Jaan_Tonisson_(Lasteleht), lk 114
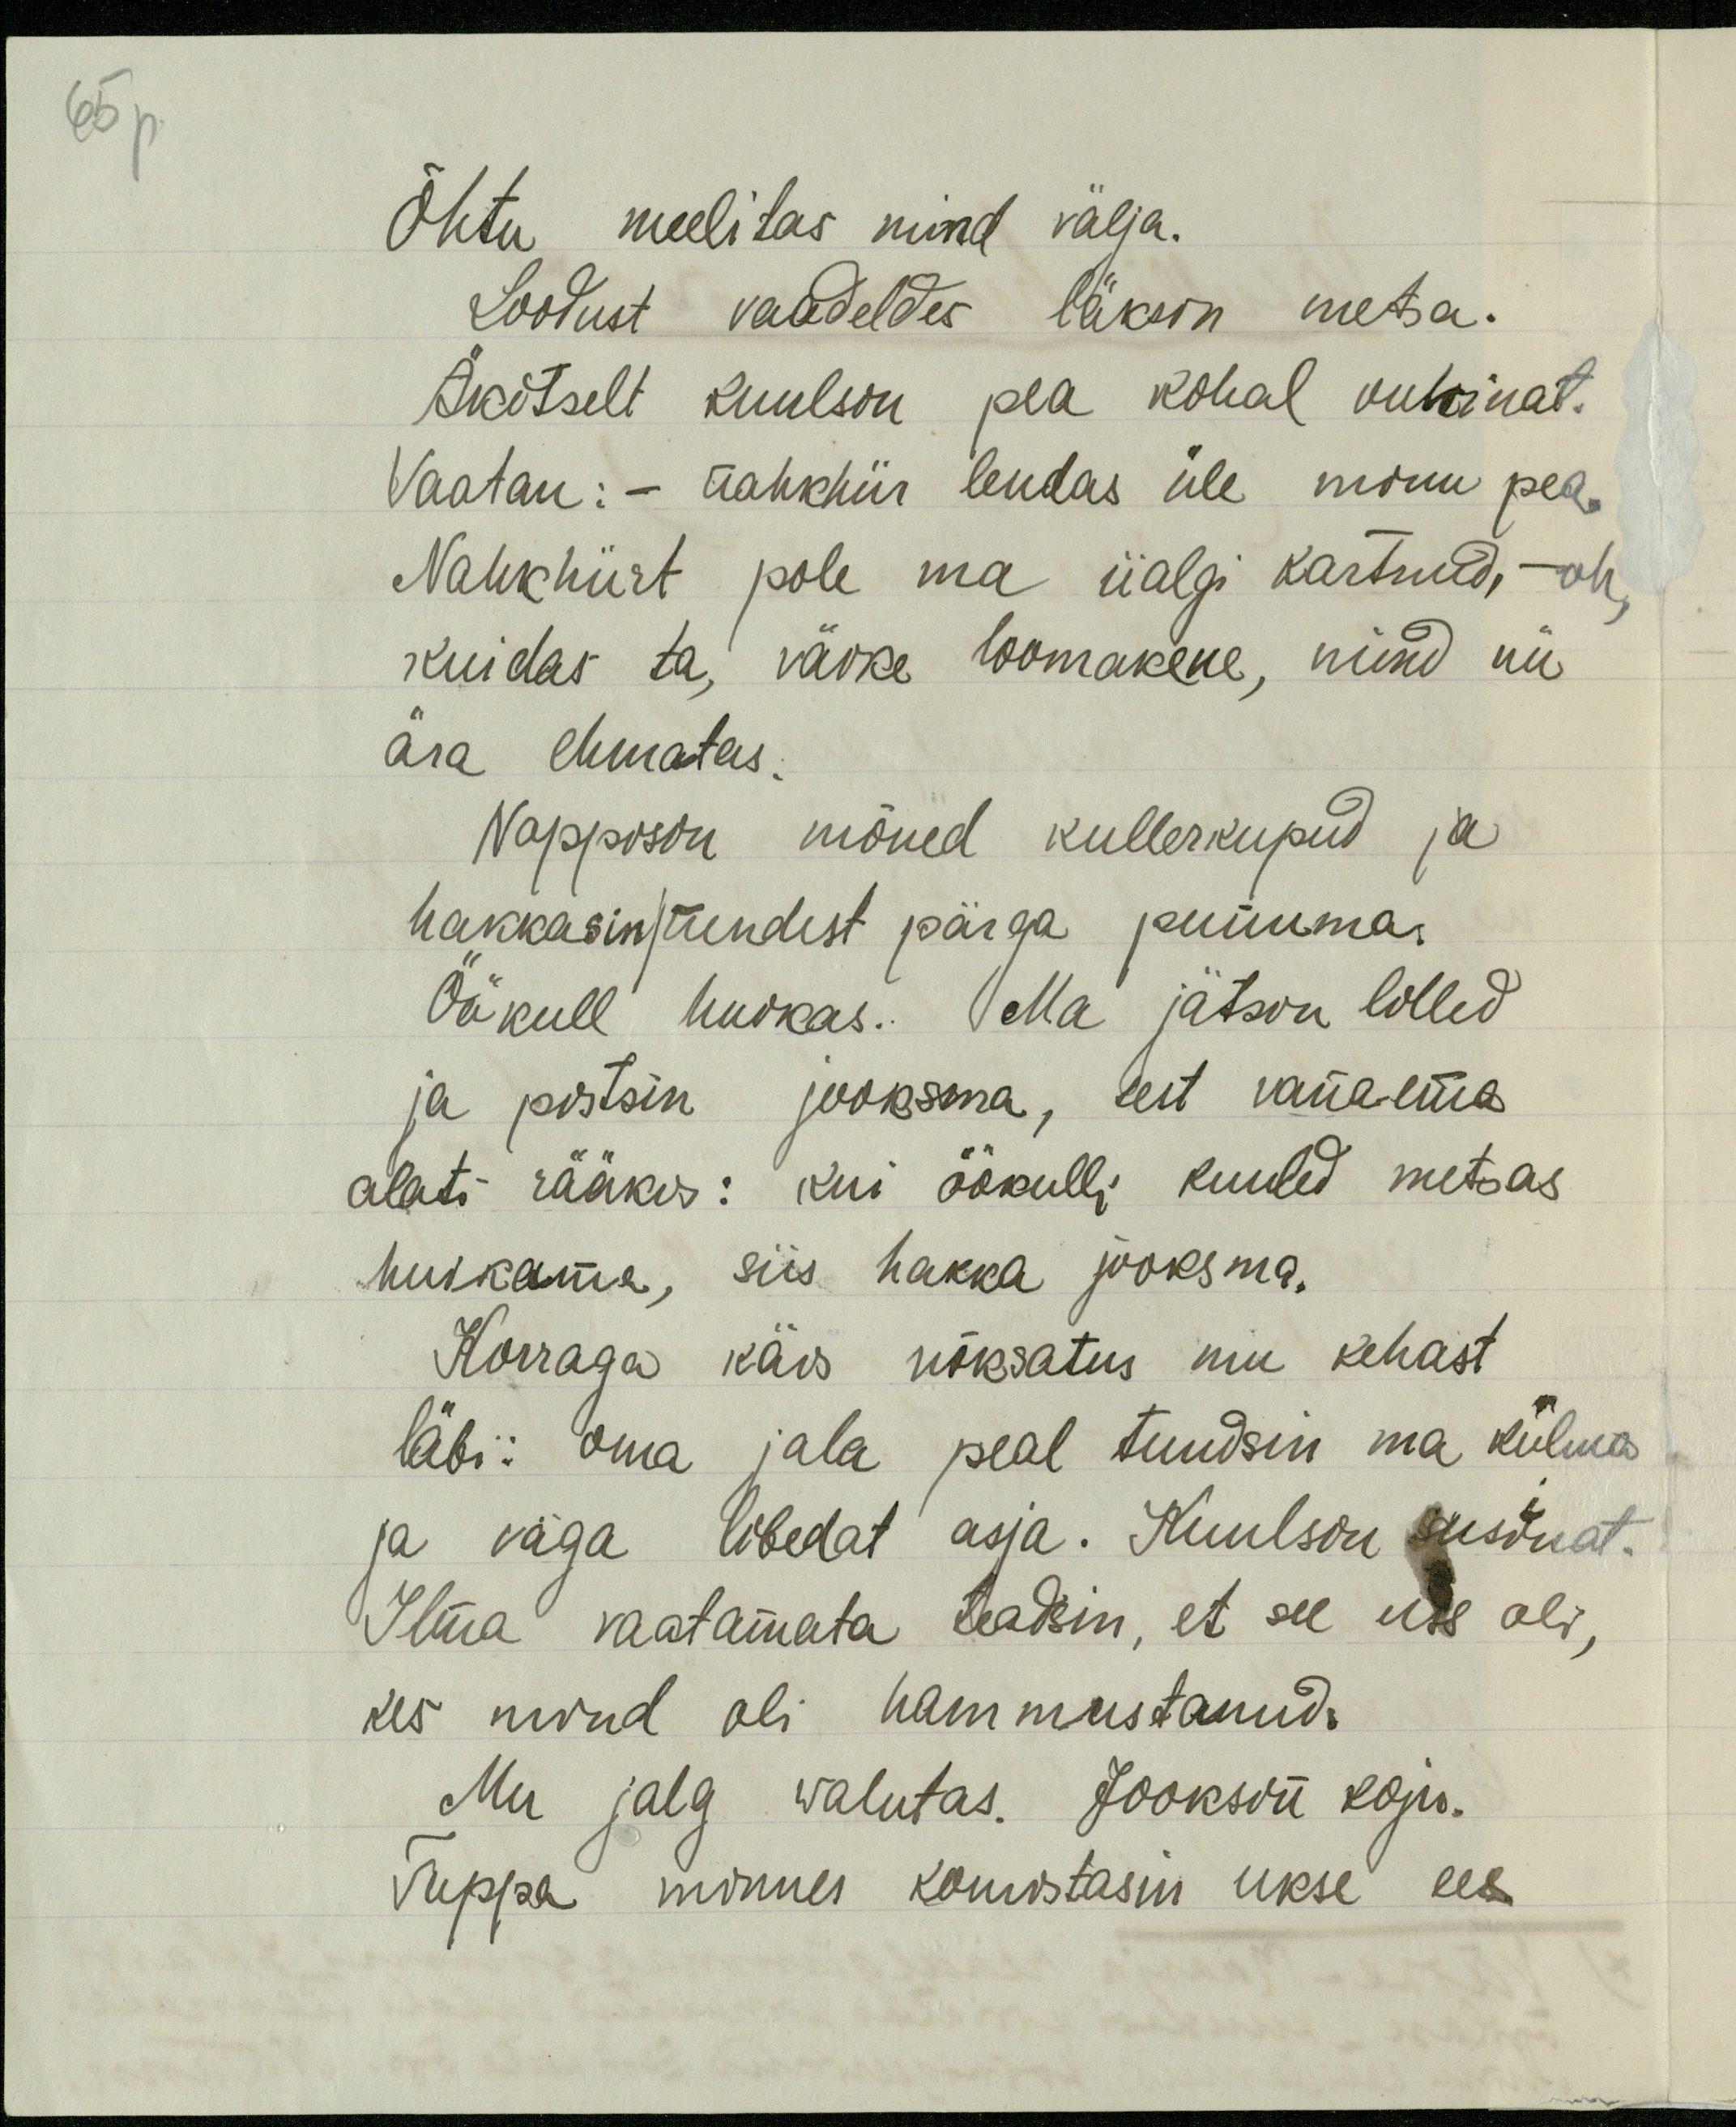
65 p.

Õhtu meelitas mind välja.
Loodust vaadeldes läksin metsa.
Äkitselt kuulsin pea kohal vuhinat.
Vaatan: - nahkhiir lendas üle minu pea.
Nahkhiirt pole ma iialgi kartnud, - oh,
kuidas ta, väike loomakene, mind nii
ära ehmatas.
Nappisin mõned kullerkupud ja
hakkasin/nendest pärga punuma.
Öökull huikas. Ma jätsin lilled
ja pistsin jooksma, eet vanama
alati rääkis: kui öökulli kuuled metsas
huikamas, siis hakka jooksma.
Korraga käis nõksatus mu kehast
läbi: oma jala peal tundsin ma külma
ja väga libedat asja. Kuulsin sisinat
Ilma vaatamata teadsin, et see uss oli,
kes mind oli hammustanud.
Mu jalg walutas. Jooksin koju.
Tuppa minnes komistasin ukse ees